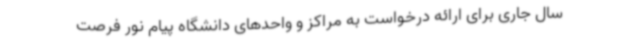
سال جاری برای ارائه درخواست به مراکز و واحدهای دانشگاه پیام نور فرصت